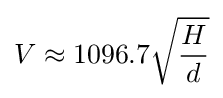
V\approx 1096.7{\sqrt {\frac {H}{d}}}